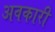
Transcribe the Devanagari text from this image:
अवकारी